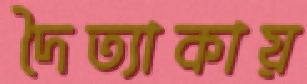
দৈত্যাকায়